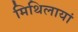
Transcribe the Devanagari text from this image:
मिथिलायां